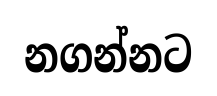
නගන්නට